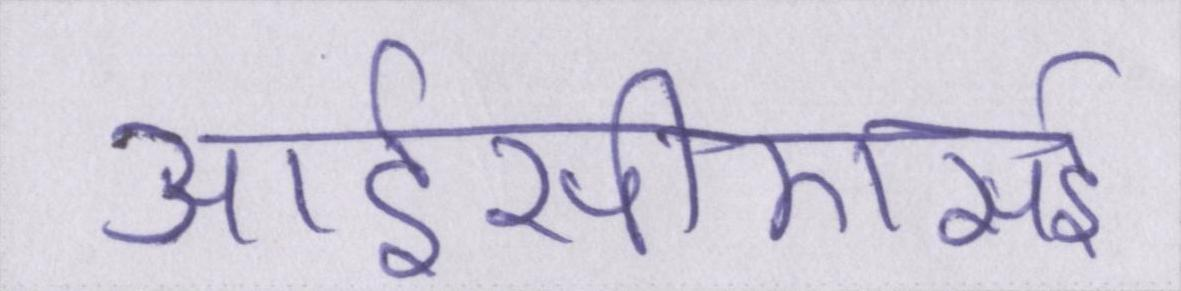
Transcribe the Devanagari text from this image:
आईसीएसई